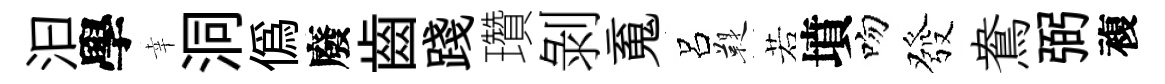
汩學幸洞偽廢齒踐瓚剝䰟呂鞮若墳吻發鴦弼複